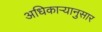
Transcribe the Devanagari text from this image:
अधिकाऱ्यानुसार